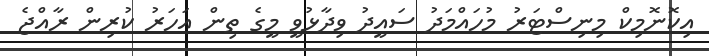
އިކޮނޮމިކް މިނިސްޓަރު މުހައްމަދު ސައީދު ވިދާޅުވީ މީގެ ތިން އަހަރު ކުރިން ރާއްޖެ